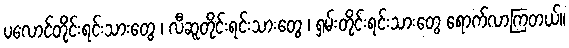
ပလောင်တိုင်းရင်းသားတွေ ၊ လီဆူတိုင်းရင်းသားတွေ ၊ ရှမ်းတိုင်းရင်းသားတွေ ရောက်လာကြတယ်။